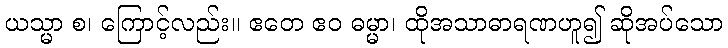
ယသ္မာ စ၊ ကြောင့်လည်း။ ဧတေ ဧဝ ဓမ္မာ၊ ထိုအသာဓာရဏဟူ၍ ဆိုအပ်သော